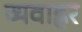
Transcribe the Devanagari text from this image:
व्यवाह्रर